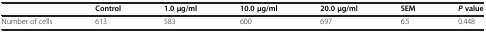
|  | Control | 1.0 μg/ml | 10.0 μg/ml | 20.0 μg/ml | SEM | Pvalue |
 | --- | --- | --- | --- | --- | --- | --- |
 | Number of cells | 613 | 583 | 600 | 697 | 6.5 | 0.448 |